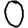
Digit: 0